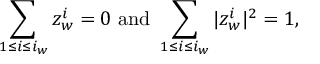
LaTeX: \sum _ { 1 \leq i \leq i _ { w } } z _ { w } ^ { i } = 0 \mathrm { ~ a n d ~ } \sum _ { 1 \leq i \leq i _ { w } } | z _ { w } ^ { i } | ^ { 2 } = 1 ,